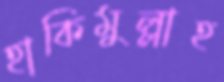
হাকিমুল্লাহ